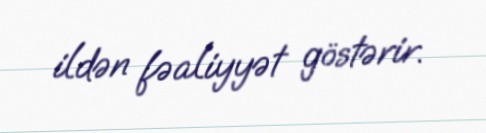
ildən fəaliyyət göstərir.